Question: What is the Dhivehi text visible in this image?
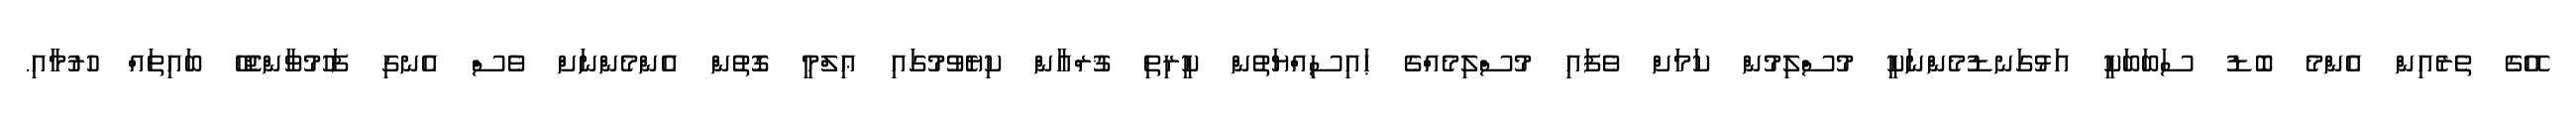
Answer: އޭގެ ތެރެއިން އެންމެ ބޮޑު ސަބަބަކީ އަޅުގަނޑުމެންނަކީ މުސްލިމުން ކަމަށް ވެފައި މުސްލިމެއްގެ ޙައިސިއްޔަތުން ކީރިތި ޤުރްއާން ކިޔެވުމުގައި ޢިލްމީ ގޮތުން އެންމެންނަށް ވެސް އެނގި ފަހުމުވާންޖެހޭ ބައިތައް ހުރުމާއި.